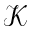
\mathcal { K }